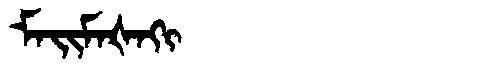
Manchu: ᠮᠠᡳᠮᠠᡧᠠᡴᡳ
Romanization: MAIMAŠAKI